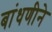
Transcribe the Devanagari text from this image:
बांधणीने